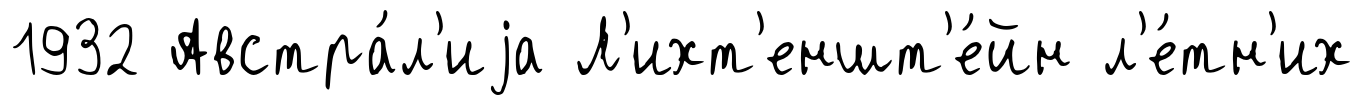
1932 Австра́л'иjа Л'ихт'еншт'е́йн л'е́тн'их